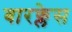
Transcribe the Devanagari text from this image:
बारक्लेस